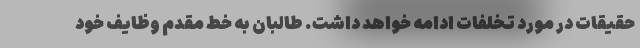
حقیقات در مورد تخلفات ادامه خواهد داشت. طالبان به خط مقدم وظایف خود